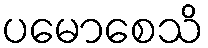
ပမောစေသိ